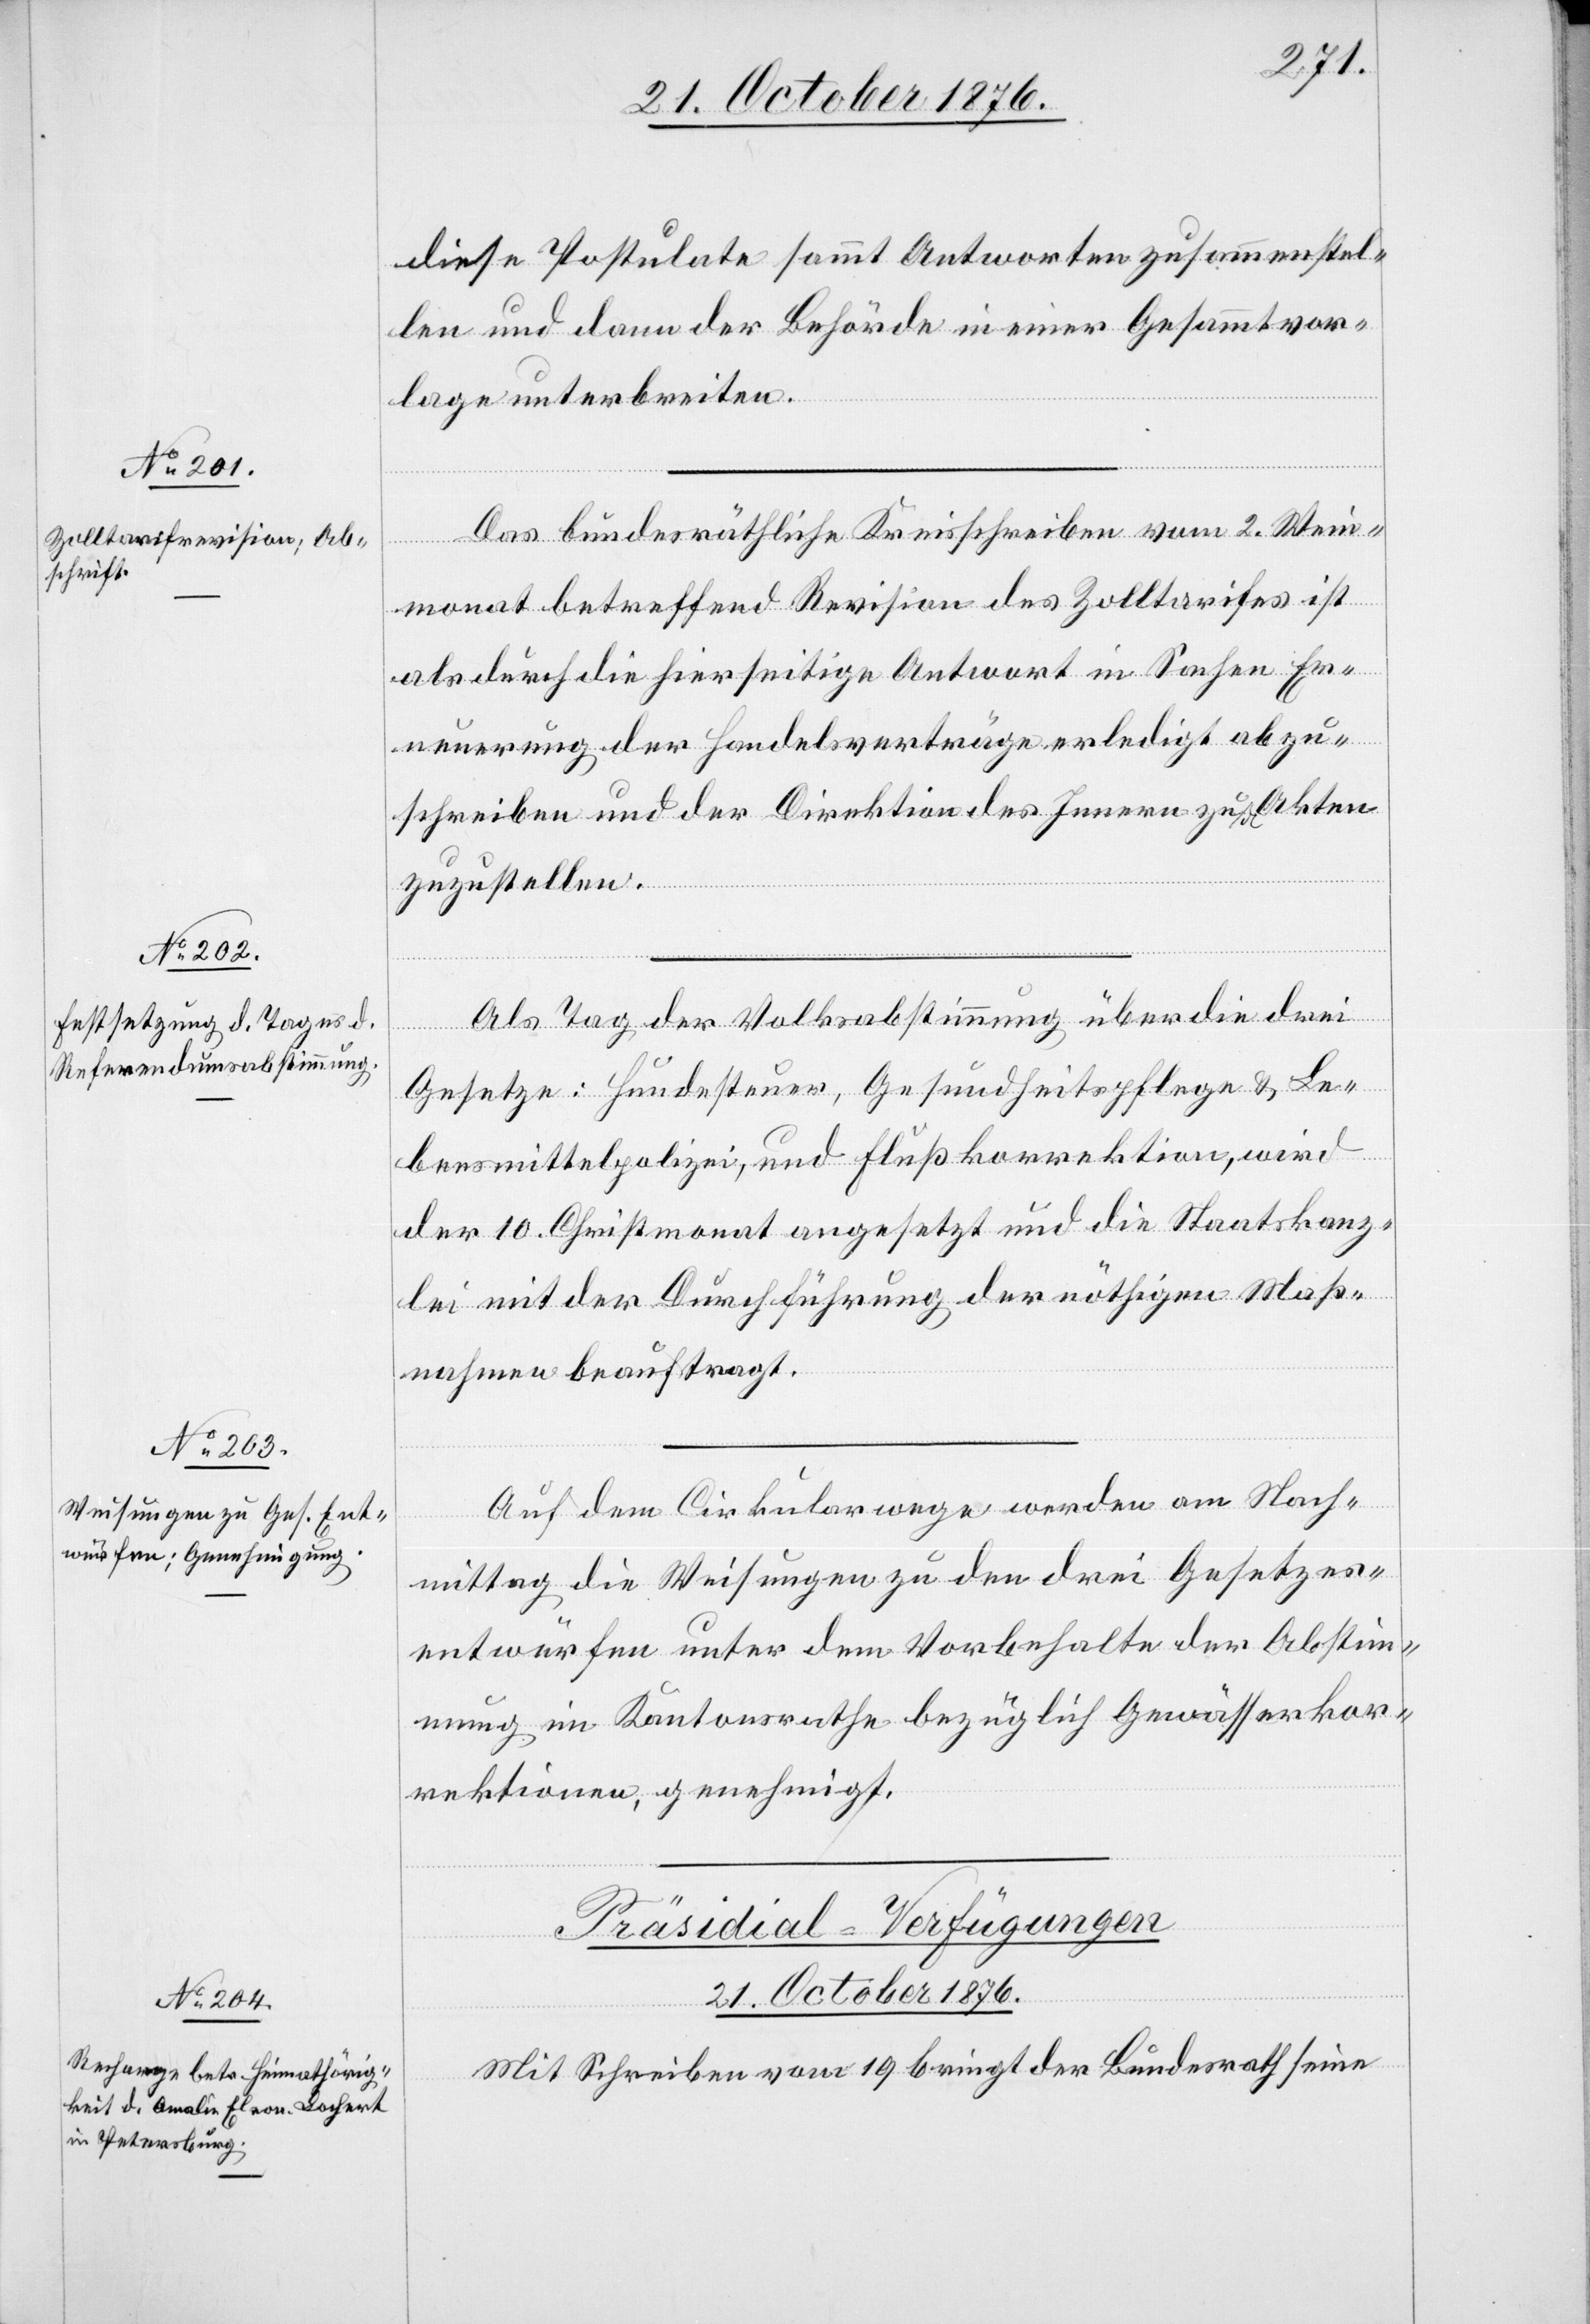
diese Postulate sammt Antworten zusammenstel¬
len und dann der Behörde in einer Gesammtvor¬
lage unterbreiten.
Das bundesräthliche Kreisschreiben vom 2. Wein¬
monat betreffend Revision des Zolltarifes ist
als durch die hierseitige Antwort in Sachen Er¬
neuerung der Handelsverträge erledigt abzu¬
schreiben und der Direktion des Innern zu den Akten
zuzustellen.
Als Tag der Volksabstimmung über die drei
Gesetze: Hundesteuer, Gesundheitspflege & Le¬
bensmittelpolizei, und Flußkorrektion, wird
der 10. Christmonat angesetzt und die Staatskanz¬
lei mit der Durchführung der nöthigen Maß¬
nahmen beauftragt.
Auf dem Cirkularwege werden am Nach¬
mittag die Weisungen zu den drei Gesetzes¬
entwürfen unter dem Vorbehalte der Abstim¬
mung im Kantonsrathe bezüglich Gewässerkor¬
rektionen, genehmigt.
Präsidial-Verfügungen
21. October 1876.
Mit Schreiben vom 19. bring der Bundesrath seine